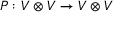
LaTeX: P : V \otimes V \to V \otimes V